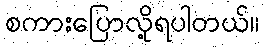
စကားပြောလို့ရပါတယ်။